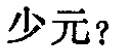
少元？